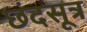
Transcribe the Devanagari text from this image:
छंदसूत्र